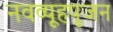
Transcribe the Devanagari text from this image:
नवव्यूहपूजन